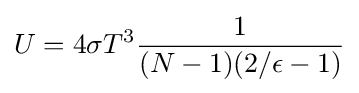
U=4\sigma T^{3}{\frac {1}{(N-1)(2/\epsilon -1)}}